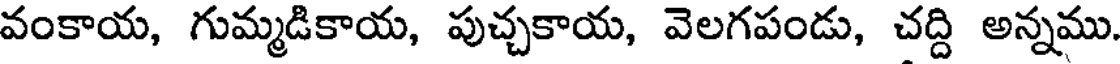
వంకాయ, గుమ్మడికాయ, పుచ్చకాయ, వెలగపండు, చద్ది అన్నము.